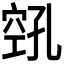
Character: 𫁎